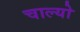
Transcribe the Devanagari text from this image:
चाल्यो